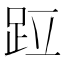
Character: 𫏁